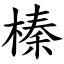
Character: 榛